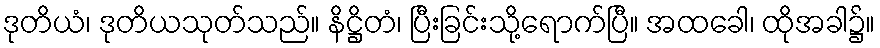
ဒုတိယံ၊ ဒုတိယသုတ်သည်။ နိဋ္ဌိတံ၊ ပြီးခြင်းသို့ရောက်ပြီ။ အထခေါ၊ ထိုအခါ၌။